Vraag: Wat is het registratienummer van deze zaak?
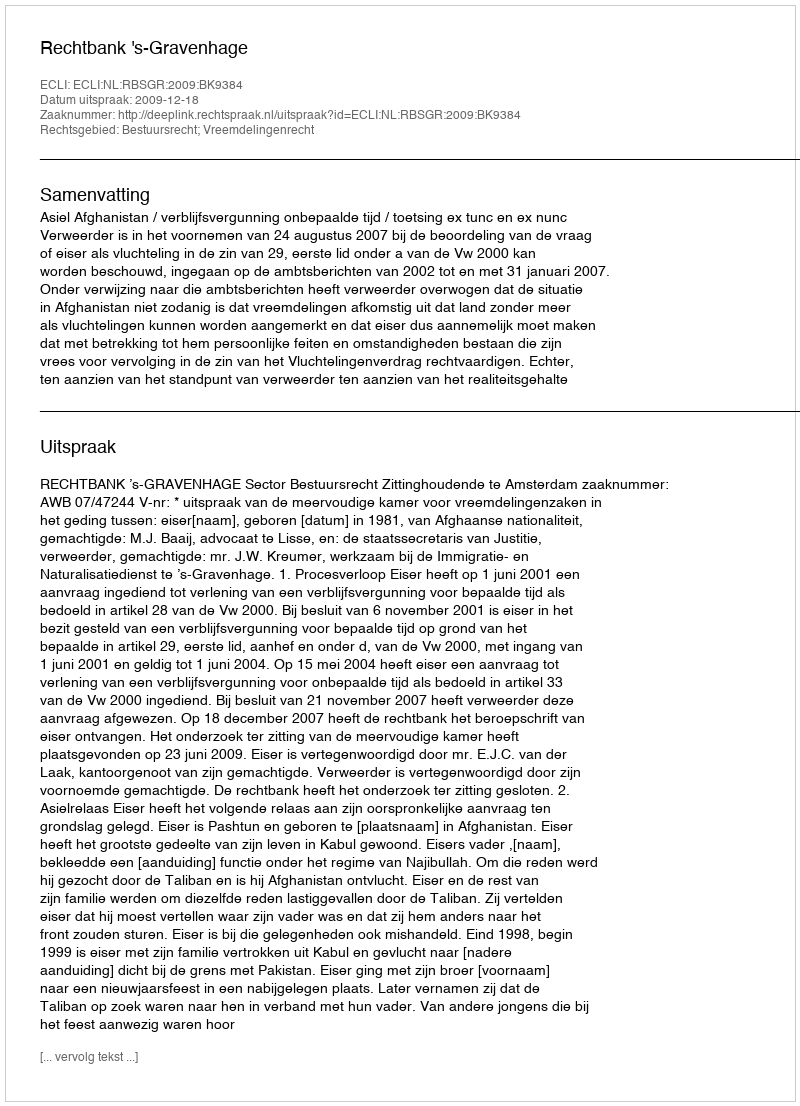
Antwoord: http://deeplink.rechtspraak.nl/uitspraak?id=ECLI:NL:RBSGR:2009:BK9384